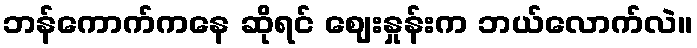
ဘန်ကောက်ကနေ ဆိုရင် ဈေးနှုန်းက ဘယ်လောက်လဲ။